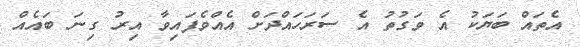
އެތައް ބަޔަކު އެ ވަގުތު އެ ސަރަހައްދަށް އެއްވެފައިވާ އިރު ގިނަ ބައެއް